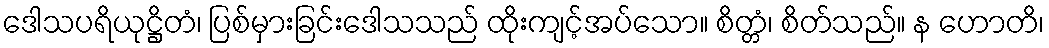
ဒေါသပရိယုဋ္ဌိတံ၊ ပြစ်မှားခြင်းဒေါသသည် ထိုးကျင့်အပ်သော။ စိတ္တံ၊ စိတ်သည်။ န ဟောတိ၊